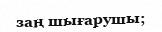
заң шығарушы;